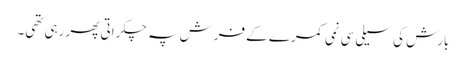
بارش کی سیلی سی نمی کمرے کے فرش پہ چکراتی پھر رہی تھی۔